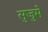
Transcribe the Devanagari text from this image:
सुजुमे